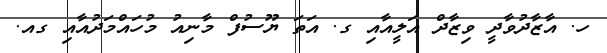
ހ. އާޒާދުވާދީ ވިޒާދް އަލީއާއި ގ. އަތަ ޔޫސުފް މާނިއު މުހައްމަދުއާއި ގއ.